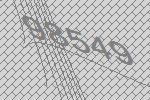
98549